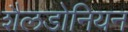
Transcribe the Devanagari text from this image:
शैलडोनियन